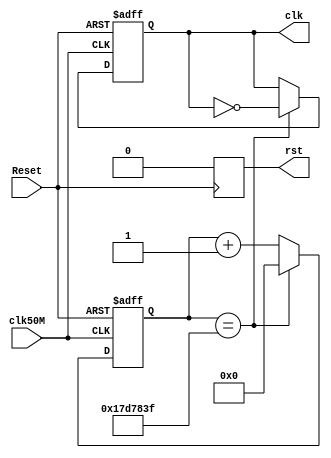
`timescale 1ns / 1ps
module DivideFreq(
    input       [0:0]   clk50M,
    input       [0:0]   Reset,
    output reg  [0:0]   clk,
    output reg  [0:0]   rst
    );
    reg         [25:0]  count;

    always@(negedge Reset) begin
	    if(!Reset) begin rst = 0; end
	    else begin rst = 1; end
    end

    always@(posedge clk50M or negedge Reset) begin
	    if(!Reset) begin 
	        clk     <= 0; 
	        count   <= 0; 
	    end
	    else if(count == 24999999) begin
		    clk     <= !clk;
		    count   <= 0;
        end
	    else begin
	        clk      <= clk;
	        count    <= count + 1 ;
	   end
    end
endmodule